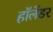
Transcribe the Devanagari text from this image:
हॉलेंडर